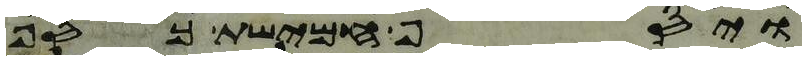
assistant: ויסף חמישת כסף